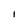
Character: l